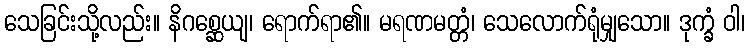
သေခြင်းသို့လည်း။ နိဂစ္ဆေယျ၊ ရောက်ရာ၏။ မရဏမတ္တံ၊ သေလောက်ရုံမျှသော။ ဒုက္ခံ ဝါ၊